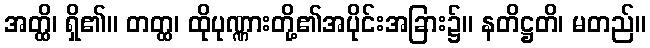
အတ္ထိ၊ ရှိ၏။ တတ္ထ၊ ထိုပုဏ္ဏားတို့၏အပိုင်းအခြား၌။ နတိဋ္ဌတိ၊ မတည်။